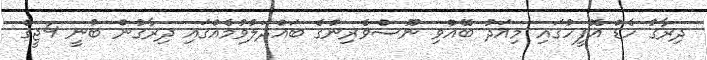
ދިރާގު ހެޑް އޮފީހުގައި މިއަދު ބޭއްވި ނޫސްވެރިންގެ ބައްދަލުވުމެއްގައި ދިރާގުން ބުނީ 4ޖީގެ